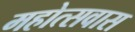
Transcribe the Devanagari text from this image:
महोत्सवास